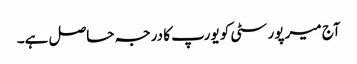
آج میر پور سٹی کو یورپ کا درجہ حاصل ہے۔